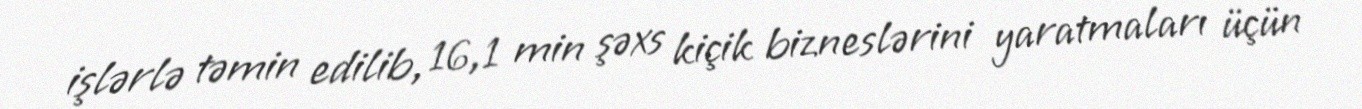
işlərlə təmin edilib, 16,1 min şəxs kiçik bizneslərini yaratmaları üçün